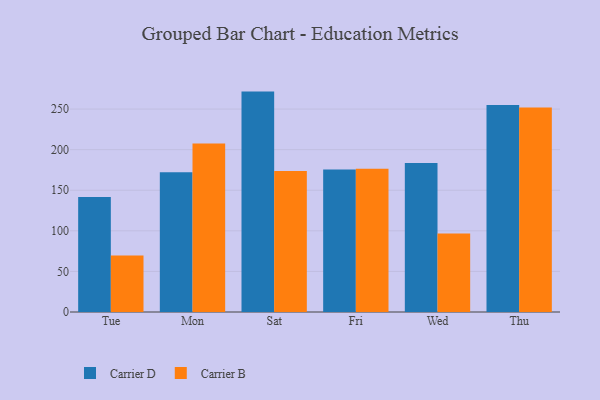
{"axis": {"x": "Day", "y": "Market Share (%)"}, "legend": ["Carrier B", "Carrier D"], "data": [{"x": "Tue", "y": 141.7, "type": "Carrier D"}, {"x": "Tue", "y": 69.6, "type": "Carrier B"}, {"x": "Mon", "y": 172.3, "type": "Carrier D"}, {"x": "Mon", "y": 207.5, "type": "Carrier B"}, {"x": "Sat", "y": 271.5, "type": "Carrier D"}, {"x": "Sat", "y": 173.8, "type": "Carrier B"}, {"x": "Fri", "y": 175.6, "type": "Carrier D"}, {"x": "Fri", "y": 176.4, "type": "Carrier B"}, {"x": "Wed", "y": 183.4, "type": "Carrier D"}, {"x": "Wed", "y": 96.8, "type": "Carrier B"}, {"x": "Thu", "y": 254.9, "type": "Carrier D"}, {"x": "Thu", "y": 251.9, "type": "Carrier B"}]}